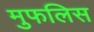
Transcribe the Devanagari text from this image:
मुफलिस